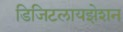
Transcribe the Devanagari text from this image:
डिजिटलायझेशन